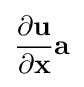
{\frac {\partial \mathbf {u} }{\partial \mathbf {x} }}\mathbf {a}